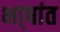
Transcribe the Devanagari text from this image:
भा्षांत